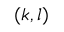
( k , l )